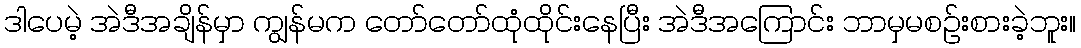
ဒါပေမဲ့ အဲဒီအချိန်မှာ ကျွန်မက တော်တော်ထုံထိုင်းနေပြီး အဲဒီအကြောင်း ဘာမှမစဉ်းစားခဲ့ဘူး။